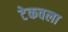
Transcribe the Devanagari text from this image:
टेकवला